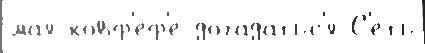
ма́я ковф'еф'е догада́тьс'я С'еть